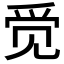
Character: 𮷄